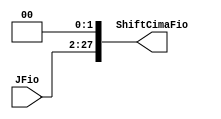
module ShiftLeft28(input wire [25:0] JFio, output wire [27:0] ShiftCimaFio);

assign ShiftCimaFio = JFio[25:0] << 2'b10;

endmodule